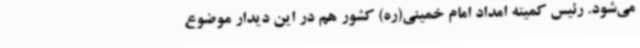
می‌شود. رئیس کمیته امداد امام خمینی(ره) کشور هم در این دیدار موضوع